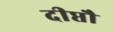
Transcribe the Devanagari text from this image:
दीप्तौ